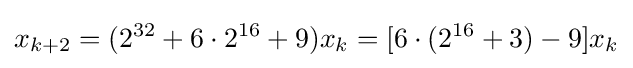
x_{k+2}=(2^{32}+6\cdot 2^{16}+9)x_{k}=[6\cdot (2^{16}+3)-9]x_{k}